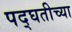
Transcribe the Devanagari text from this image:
पद्घतीच्या